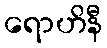
ရောဟိနီ